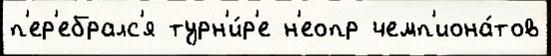
п'ер'ебралс'я турн'и́р'е н'еопр чемп'иона́тов